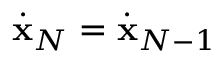
\dot { \bf x } _ { N } = \dot { \bf x } _ { N - 1 }